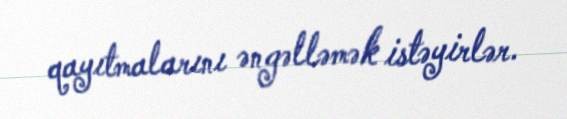
qayıtmalarını əngəlləmək istəyirlər.